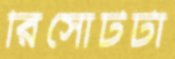
রিসোর্টটা